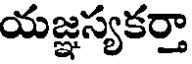
యజ్ఞస్యకర్తా